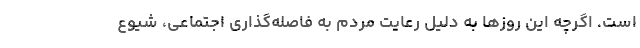
است. اگرچه این روزها به دلیل رعایت مردم به فاصله‌گذاری اجتماعی، شیوع